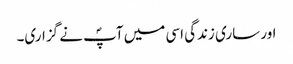
اور ساری زندگی اسی میں آپؐ نے گزاری۔